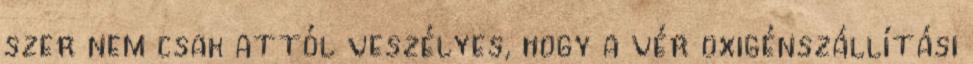
szer nem csak attól veszélyes, hogy a vér oxigénszállítási